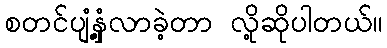
စတင်ပျံ့နှံ့လာခဲ့တာ လို့ဆိုပါတယ်။